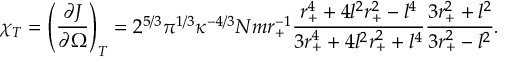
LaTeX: \chi _ { T } = \left( \frac { \partial J } { \partial \Omega } \right) _ { T } = 2 ^ { 5 / 3 } \pi ^ { 1 / 3 } \kappa ^ { - 4 / 3 } N m r _ { + } ^ { - 1 } \frac { r _ { + } ^ { 4 } + 4 l ^ { 2 } r _ { + } ^ { 2 } - l ^ { 4 } } { 3 r _ { + } ^ { 4 } + 4 l ^ { 2 } r _ { + } ^ { 2 } + l ^ { 4 } } \frac { 3 r _ { + } ^ { 2 } + l ^ { 2 } } { 3 r _ { + } ^ { 2 } - l ^ { 2 } } .